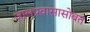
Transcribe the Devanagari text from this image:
जालप्रवासासोबत